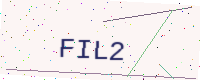
Text: FIL2